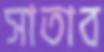
সাতাব